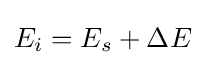
E_{i}=E_{s}+\Delta E